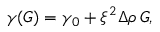
\gamma ( G ) = \gamma _ { 0 } + \xi ^ { 2 } \Delta \rho \, G ,